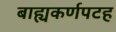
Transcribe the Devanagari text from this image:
बाह्यकर्णपटह